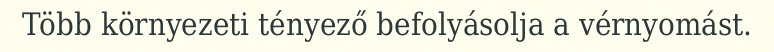
Több környezeti tényező befolyásolja a vérnyomást.